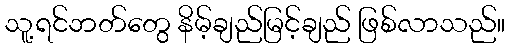
သူ့ရင်ဘတ်တွေ နိမ့်ချည်မြင့်ချည် ဖြစ်လာသည်။